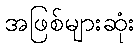
အဖြစ်များဆုံး